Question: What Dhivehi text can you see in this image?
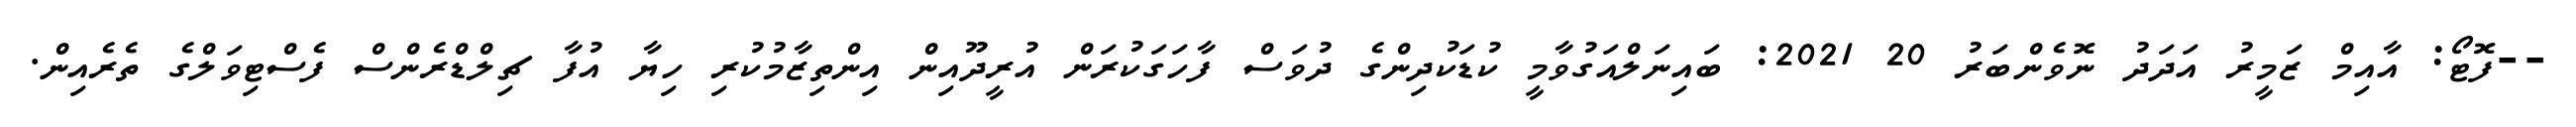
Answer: --ފޮޓޯ: އާއިމް ޒަމީރު އަދަދު ނޮވެންބަރު 20 2021: ބައިނަލްއަގުވާމީ ކުޑަކުދިންގެ ދުވަސް ފާހަގަކުރަން އުރީދޫއިން އިންތިޒާމުކުރި ހިޔާ އުފާ ޗިލްޑްރެންސް ފެސްޓިވަލްގެ ތެރެއިން.